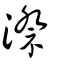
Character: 漈